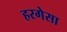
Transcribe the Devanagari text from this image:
हरगेसा